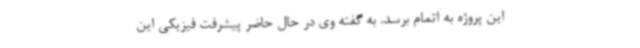
این پروژه به اتمام برسد. به گفته وی در حال حاضر پیشرفت فیزیکی این